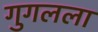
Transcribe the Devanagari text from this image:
गुगलला